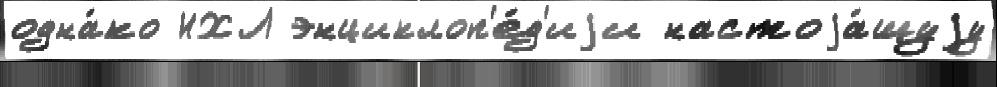
одна́ко НХЛ энциклоп'е́д'иjи настоjа́щуjу